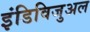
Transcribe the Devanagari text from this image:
इंडिविजुअल